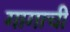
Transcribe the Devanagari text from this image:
गागाची